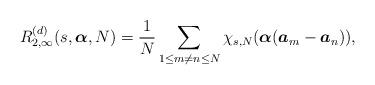
LaTeX: \begin{align*}R_{2,\infty}^{(d)}(s,\boldsymbol{\alpha},N)=\frac{1}{N}\displaystyle\sum_{1\leq m\neq n\leq N}\chi_{s,N}(\boldsymbol{\alpha}(\boldsymbol{a}_m-\boldsymbol{a}_n)),\end{align*}